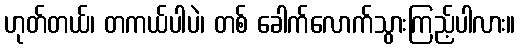
ဟုတ်တယ်၊ တကယ်ပါပဲ၊ တစ် ခေါက်လောက်သွားကြည့်ပါလား။